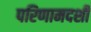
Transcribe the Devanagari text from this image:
परिणामदर्शी